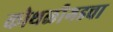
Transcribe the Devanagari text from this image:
कोथळीगडचा